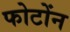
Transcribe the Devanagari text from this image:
फोटोंन